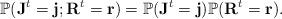
LaTeX: \begin{align*}\mathbb{P} (\mathbf{J}^t = \mathbf{j} ; \mathbf{R}^t = \mathbf{r}) = \mathbb{P} (\mathbf{J}^t = \mathbf{j}) \mathbb{P} ( \mathbf{R}^t = \mathbf{r}).\end{align*}